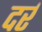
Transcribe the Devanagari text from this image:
दर्र